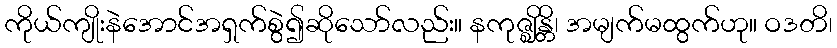
ကိုယ်ကျိုးနဲအောင်အရှက်စွဲ၍ဆိုသော်လည်း။ နကုဇ္ဈိန္တိ၊ အမျက်မထွက်ဟု။ ဝဒတိ၊